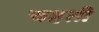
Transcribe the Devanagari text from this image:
चहती